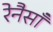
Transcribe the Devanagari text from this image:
रेनैसाँ